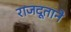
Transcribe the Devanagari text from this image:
राजदूताने